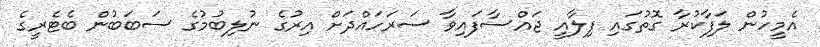
އެމީހުން ލަފާކުރާ ގޮތުގައި ފިލާއީ ޖައްސާފައިވާ ސަރަހައްދަށް އިރުގެ ނުލިބުމުގެ ސަބަބުން ބެޓެރީގެ